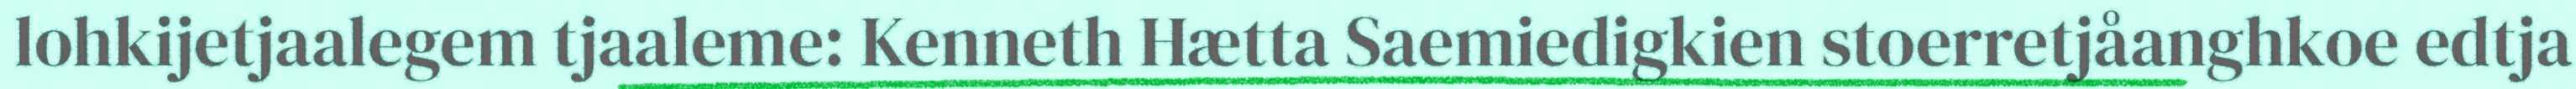
lohkijetjaalegem tjaaleme: Kenneth Hætta Saemiedigkien stoerretjåanghkoe edtja